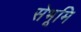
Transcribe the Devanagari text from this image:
सेभूमि